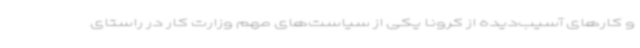
و کارهای آسیب‌دیده از کرونا یکی از سیاست‌های مهم وزارت کار در راستای